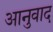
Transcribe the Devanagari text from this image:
आनुवाद